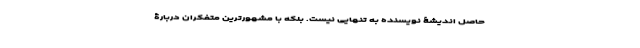
حاصل اندیشۀ نویسنده به تنهایی نیست. بلکه با مشهورترین متفکران دربارۀ